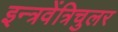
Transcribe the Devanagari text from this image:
इन्त्रवेंत्रिचुलर